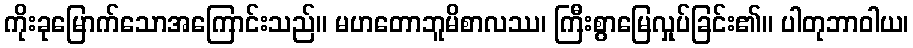
ကိုးခုမြောက်သောအကြောင်းသည်။ မဟတောဘူမိစာလဿ၊ ကြီးစွာမြေလှုပ်ခြင်း၏။ ပါတုဘာဝါယ၊